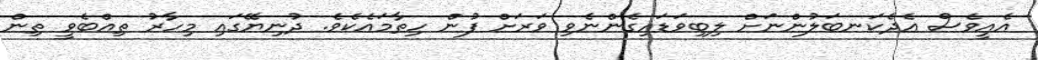
އެއީވެސް އެދެކަނބަލުންނަށް ލިބިވަޑައިގެންނެވި ވަރަށް ފުން ހިތާމައެކެވެ. ދުނިޔޭގައި މިހާރު ތިއްބެވީ ތިން